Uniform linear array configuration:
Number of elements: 12
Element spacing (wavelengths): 0.75
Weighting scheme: hamming
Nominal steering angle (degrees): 15
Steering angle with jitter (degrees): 13.321
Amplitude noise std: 0.05
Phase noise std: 0.05

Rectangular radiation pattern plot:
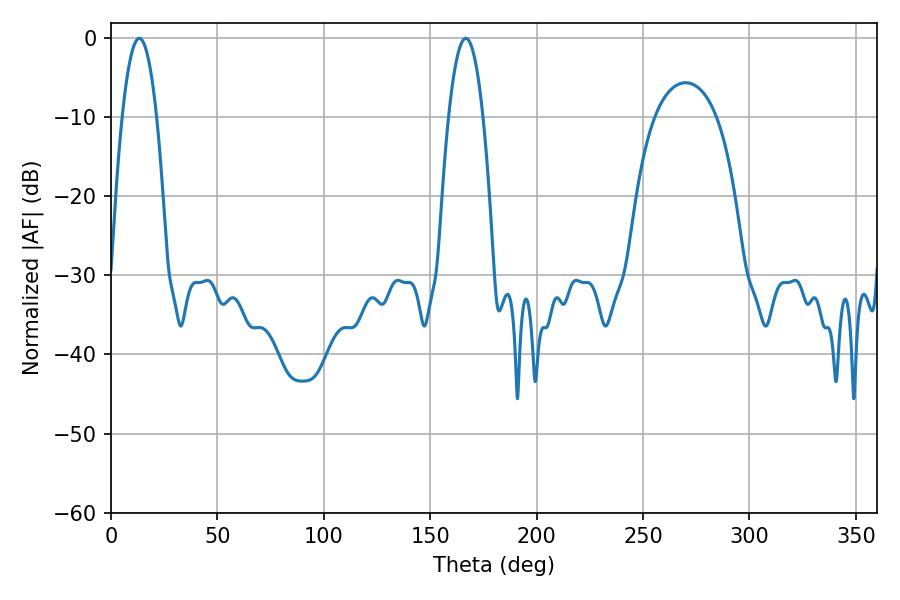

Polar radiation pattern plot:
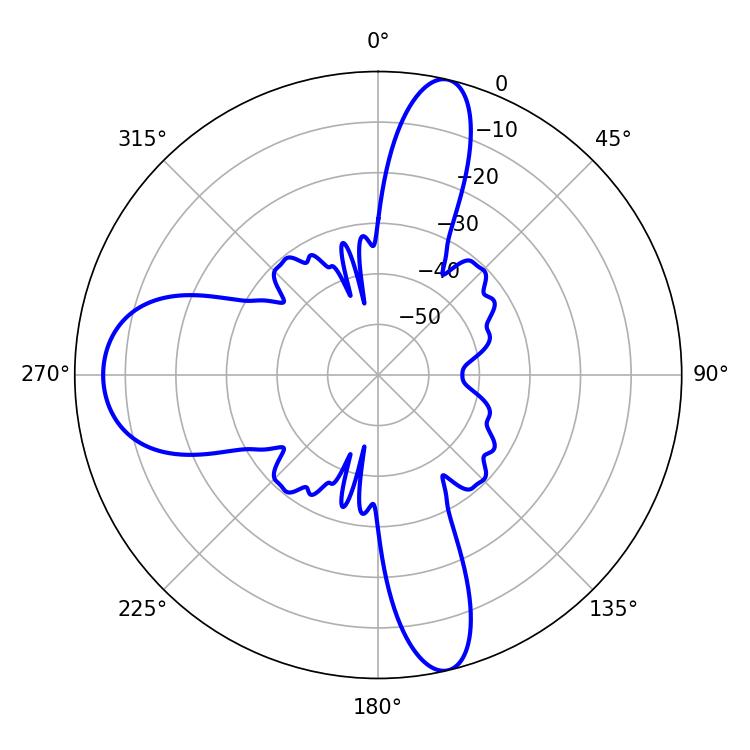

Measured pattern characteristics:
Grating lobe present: TRUE
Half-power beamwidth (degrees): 9
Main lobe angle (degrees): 166.68